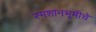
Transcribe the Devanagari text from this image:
स्मशानभूमीचे